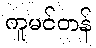
ကူမင်တန်